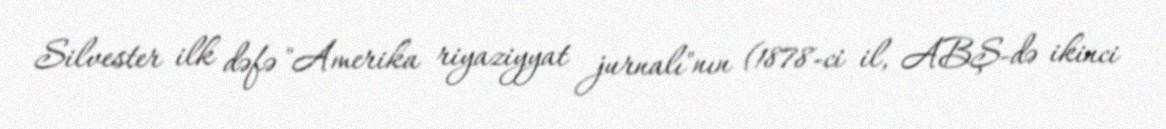
Silvester ilk dəfə "Amerika riyaziyyat jurnalı"nın (1878-ci il, ABŞ-də ikinci